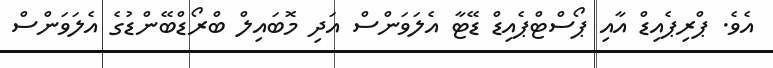
އެވެ. ޕްރިޕެއިޑް އާއި ޕޯސްޓްޕެއިޑް ޑޭޓާ އެލަވަންސް އަދި މޮބައިލް ބްރޯޑްބޭންޑުގެ އެލަވަންސް